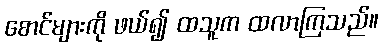
စောင်များကို ဖယ်၍ ထသူက ထလာကြသည်။